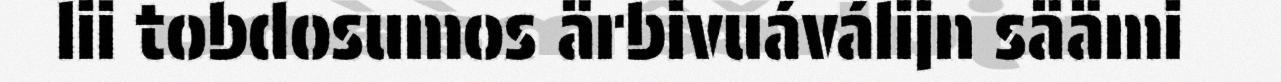
lii tobdosumos ärbivuáválijn säämi